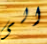
الى